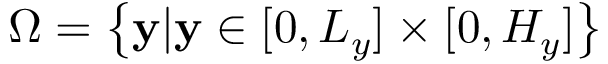
\Omega = \left\{ \mathbf { y } | \mathbf { y } \in [ 0 , L _ { y } ] \times [ 0 , H _ { y } ] \right\}